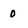
Character: 0